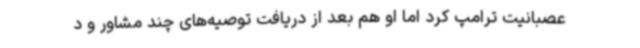
عصبانیت ترامپ کرد اما او هم بعد از دریافت توصیه‌های چند مشاور و د